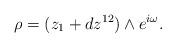
LaTeX: \begin{align*}\rho = (z_1 + dz^{12}) \wedge e^{i \omega}.\end{align*}